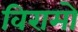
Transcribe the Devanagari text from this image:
विरामो